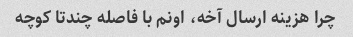
چرا هزینه ارسال آخه، اونم با فاصله چندتا کوچه